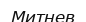
Митнев